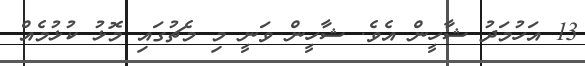
13 އަހުމަދު ޝާހީން އެވެ. ޝާހީން ވަނީ މި މެޗުގައި މޮޅު ކުޅުމެއް